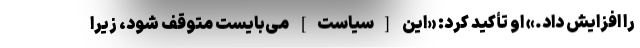
را افزایش داد.» او تأکید کرد: «این [سیاست] می‌بایست متوقف شود، زیرا